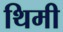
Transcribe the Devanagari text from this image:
थिमी